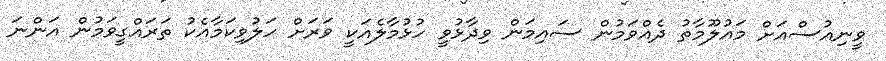
ވީނިއުސްއަށް މައުލޫމާތު ދެއްވަމުން ސައިމަން ވިދާޅުވީ ހުޅުމާލެއަކީ ވަރަށް ހަލުވިކަމާއެކު ތަރައްގީވަމުން އަންނަ